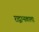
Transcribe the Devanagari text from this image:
राद्वान्स्काला